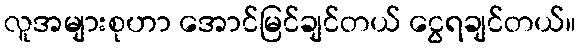
လူအများစုဟာ အောင်မြင်ချင်တယ် ငွေရချင်တယ်။